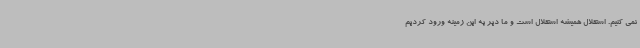
نمی کنیم. استقلال همیشه استقلال است و ما دیر به این زمینه ورود کردیم